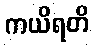
ကယိရတိ